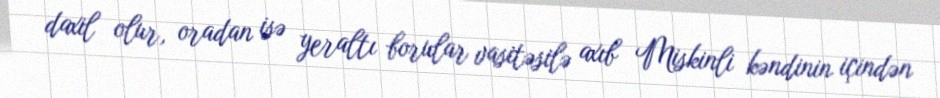
daxil olur, oradan isə yeraltı borular vasitəsilə axıb Miskinli kəndinin içindən